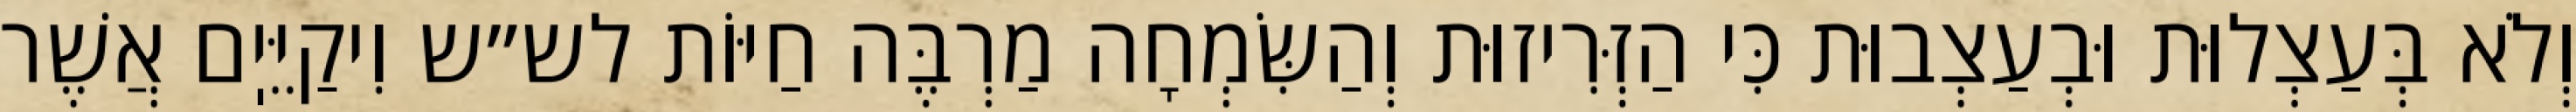
וְלֹא בְּעַצְלוּת וּבְעַצְבוּת כִּי הַזְּרִיזוּת וְהַשִּׂמְחָה מַרְבֶּה חַיּוֹת לש״ש וִיקַיֵּיֽם אֲשֶׁר